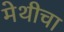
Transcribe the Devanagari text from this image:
मेथीचा